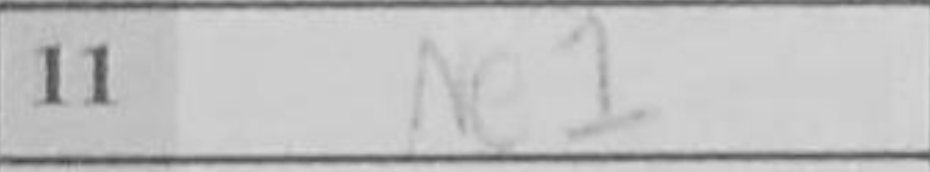
Transcription: Ne1